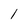
Character: l